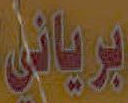
برياني